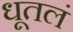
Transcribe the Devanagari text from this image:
धूतलं